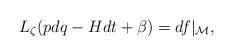
LaTeX: \begin{align*}L_{\zeta}(pdq-Hdt+\beta)=df\vert_\mathcal M,\end{align*}